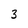
Character: 3